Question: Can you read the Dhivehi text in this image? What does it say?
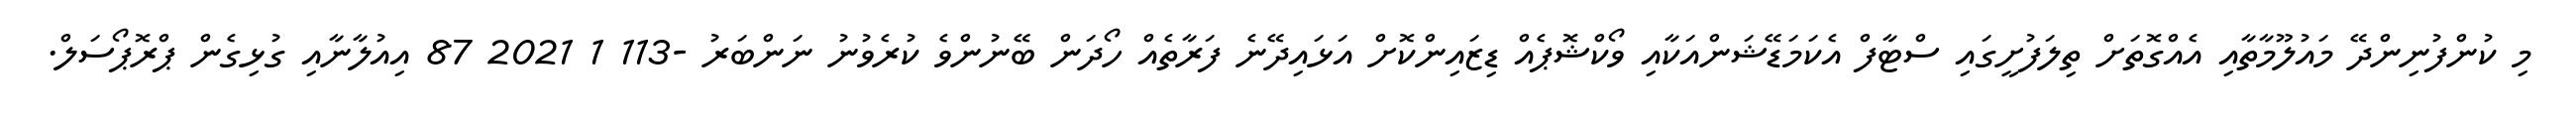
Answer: މި ކުންފުނިންދޭ މައުލޫމާތާއި އެއްގޮތަށް ތިލަފުށީގައި ސްޓާފް އެކަމަޑޭޝަންއަކާއި ވޯކްޝޮޕެއް ޑިޒައިންކޮށް އަޅައިދޭނެ ފަރާތެއް ހޯދަން ބޭނުންވެ ކުރެވުނު ނަންބަރު -113 1 2021 87 އިއުލާނާއި ގުޅިގެން ޕްރޮޕޯސަލް.